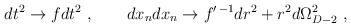
\begin{align*}dt^2 \to f dt^2 \ , \ \ \ \ \ \ dx_n dx_n \to f^{\prime\,-1}dr^2 + r^2d\Omega^2_{D-2}\ , \end{align*}